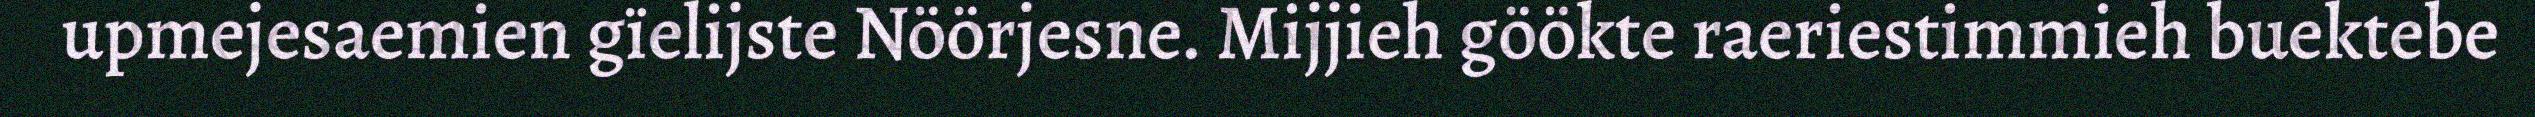
upmejesaemien gïelijste Nöörjesne. Mijjieh göökte raeriestimmieh buektebe